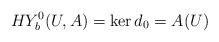
LaTeX: \begin{align*} HY^0_b(U,A)=\ker d_0=A(U) \end{align*}